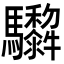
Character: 𩧠